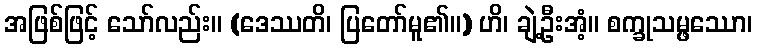
အဖြစ်ဖြင့် သော်လည်း။ (ဒေဿတိ၊ ပြတော်မူ၏။) ဟိ၊ ချဲ့ဦးအံ့။ စက္ခုသမ္ဖဿော၊